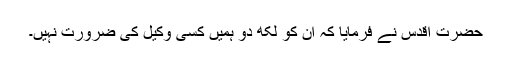
حضرت اقدس نے فرمایا کہ ان کو لکھ دو ہمیں کسی وکیل کی ضرورت نہیں۔